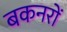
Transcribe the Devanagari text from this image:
बकनरों